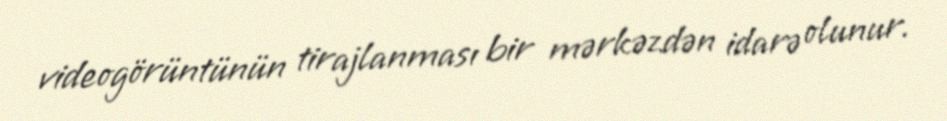
videogörüntünün tirajlanması bir mərkəzdən idarə olunur.